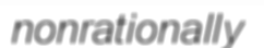
nonrationally